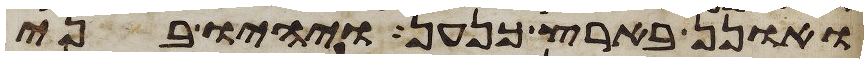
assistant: ואונן בארץ כנען ויהיו בני